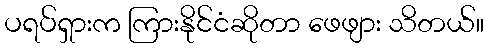
ပရပ်ရှားက ကြားနိုင်ငံဆိုတာ ဖေဖျား သိတယ်။